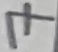
Text: 7